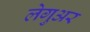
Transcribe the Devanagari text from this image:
लेगुअर